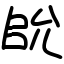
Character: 䦾